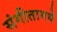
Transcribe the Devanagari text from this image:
संगीतामधे